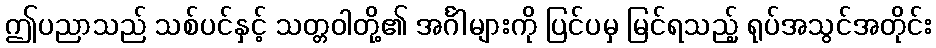
ဤပညာသည် သစ်ပင်နှင့် သတ္တဝါတို့၏ အင်္ဂါများကို ပြင်ပမှ မြင်ရသည့် ရုပ်အသွင်အတိုင်း